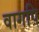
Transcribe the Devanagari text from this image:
वागपि